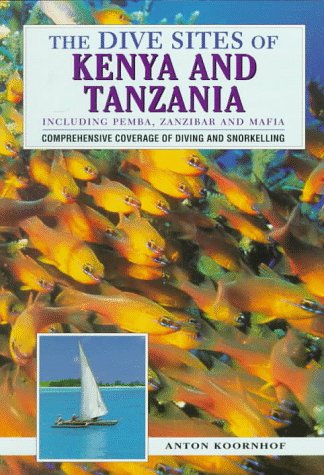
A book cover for The Dive Sites of Kenya and Tanzania: Including Pemba, Zanzibar and Mafia (Dive Sites of Series); Anton Koornhof; Travel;